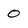
Character: 0